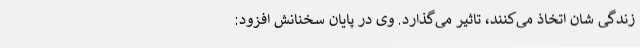
زندگی شان اتخاذ می‌کنند، تاثیر می‌گذارد. وی در پایان سخنانش افزود: